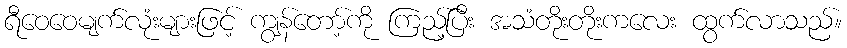
ရီဝေဝေမျက်လုံးများဖြင့် ကျွန်တော့်ကို ကြည့်ပြီး အသံတိုးတိုးကလေး ထွက်လာသည်။